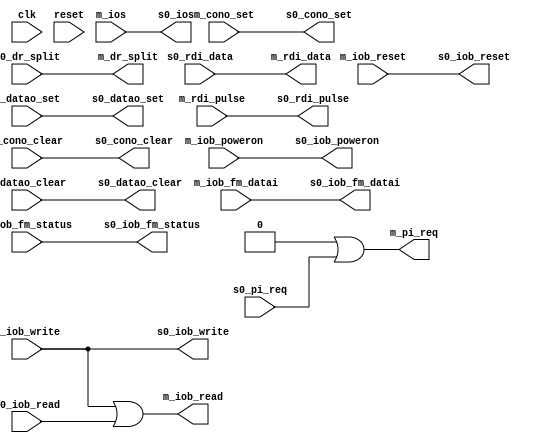
module iobus_1_connect(
	// unused
	input wire clk,
	input wire reset,

	// Master
	input wire m_iob_poweron,
	input wire m_iob_reset,
	input wire m_datao_clear,
	input wire m_datao_set,
	input wire m_cono_clear,
	input wire m_cono_set,
	input wire m_iob_fm_datai,
	input wire m_iob_fm_status,
	input wire m_rdi_pulse,
	input wire [3:9] m_ios,
	input wire [0:35] m_iob_write,
	output wire [1:7] m_pi_req,
	output wire [0:35] m_iob_read,
	output wire m_dr_split,
	output wire m_rdi_data,

	// Slave 0
	output wire s0_iob_poweron,
	output wire s0_iob_reset,
	output wire s0_datao_clear,
	output wire s0_datao_set,
	output wire s0_cono_clear,
	output wire s0_cono_set,
	output wire s0_iob_fm_datai,
	output wire s0_iob_fm_status,
	output wire s0_rdi_pulse,
	output wire [3:9] s0_ios,
	output wire [0:35] s0_iob_write,
	input wire [1:7] s0_pi_req,
	input wire [0:35] s0_iob_read,
	input wire s0_dr_split,
	input wire s0_rdi_data
);
	assign m_pi_req = 0 | s0_pi_req;
	assign m_iob_read = m_iob_write | s0_iob_read;
	assign m_dr_split = 0 | s0_dr_split;
	assign m_rdi_data = 0 | s0_rdi_data;


	assign s0_iob_poweron = m_iob_poweron;
	assign s0_iob_reset = m_iob_reset;
	assign s0_datao_clear = m_datao_clear;
	assign s0_datao_set = m_datao_set;
	assign s0_cono_clear = m_cono_clear;
	assign s0_cono_set = m_cono_set;
	assign s0_iob_fm_datai = m_iob_fm_datai;
	assign s0_iob_fm_status = m_iob_fm_status;
	assign s0_rdi_pulse = m_rdi_pulse;
	assign s0_ios = m_ios;
	assign s0_iob_write = m_iob_write;
endmodule